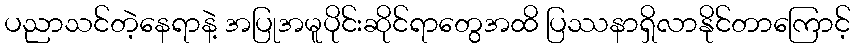
ပညာသင်တဲ့နေရာနဲ့ အပြုအမူပိုင်းဆိုင်ရာတွေအထိ ပြဿနာရှိလာနိုင်တာကြောင့်